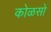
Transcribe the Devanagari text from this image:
कोळसो